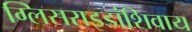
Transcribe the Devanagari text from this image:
ग्लिसराइडांशिवाय